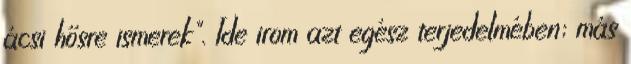
ácsi hősre ismerek". Ide irom azt egész terjedelmében; más